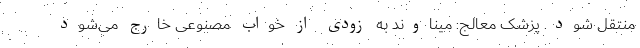
منتقل شود. پزشک معالج: میناوند به زودی از خواب مصنوعی خارج می‌شود